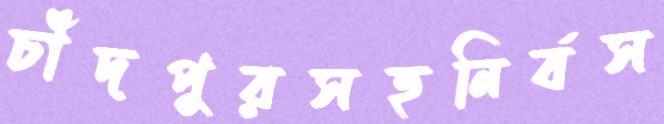
চাঁদপুরসহনির্বস